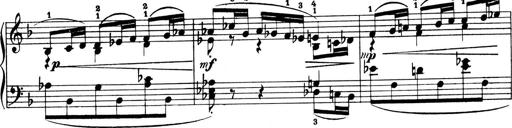
Title: 4 Sonatines
Composer: Max Reger